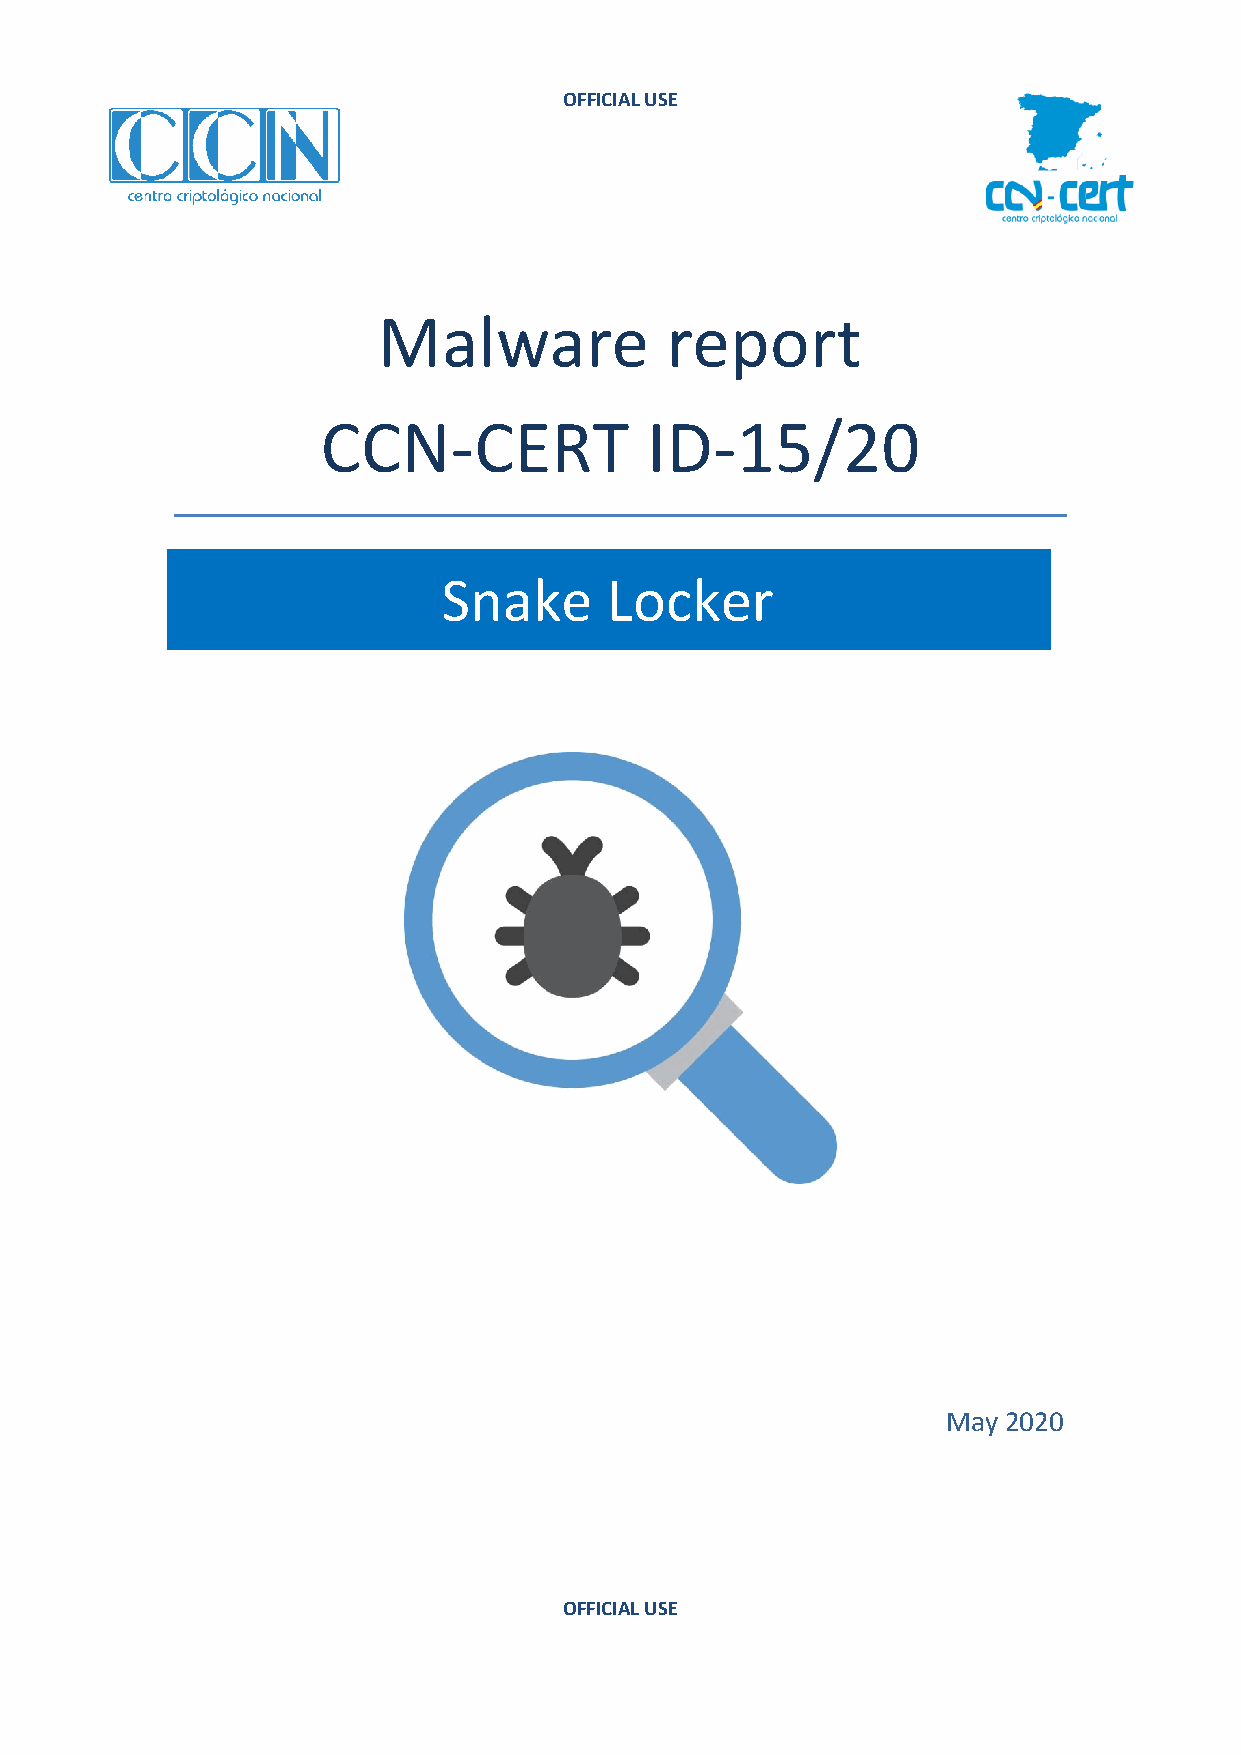
OFFICIAL USE
 Malware            report
 CCN-CERT              ID-15/20
 Snake      Locker
 May 2020
 OFFICIAL USE